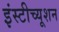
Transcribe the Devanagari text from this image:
इंस्‍टीच्‍यूशन